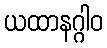
ယထာနဂ္ဂါဝ